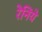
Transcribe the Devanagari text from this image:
रेनिये